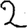
Digit: 2